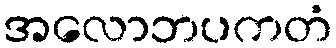
အလောဘပကတံ